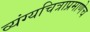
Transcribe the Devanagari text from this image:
व्यंग्यचित्राप्रमाणेच